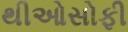
થીઓસોફી